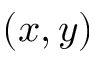
( x , y )